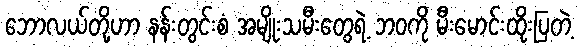
ဘောလယ်တို့ဟာ နန်းတွင်းစံ အမျိုးသမီးတွေရဲ့ ဘဝကို မီးမောင်းထိုးပြတဲ့